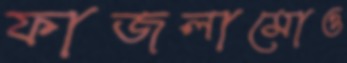
ফাজলামোও